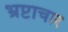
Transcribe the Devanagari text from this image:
भ्रप्टाचार